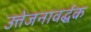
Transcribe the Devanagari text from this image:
उत्तेजनावर्द्धक